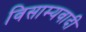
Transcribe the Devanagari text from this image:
विसाम्यवादी